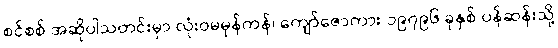
စင်စစ် အဆိုပါသတင်းမှာ လုံးဝမမှန်ကန်၊ ကျော်ဇောကား ၁၉၇၉၆ ခုနှစ် ပန်ဆန်းသို့